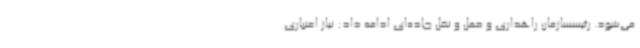
می‌شود. رئیسسازمان راهداری و حمل و نقل جاده‌ای ادامه داد: نیاز اعتباری